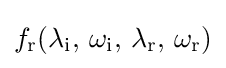
f_{\text{r}}(\lambda _{\text{i}},\,\omega _{\text{i}},\,\lambda _{\text{r}},\,\omega _{\text{r}})